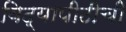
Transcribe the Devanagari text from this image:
विद्यापीठीची